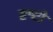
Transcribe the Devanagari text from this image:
दृष्टो